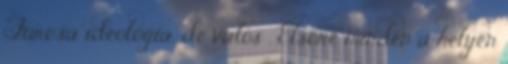
Furcsa ideológia, de valós . Elsőre minden a helyén